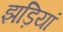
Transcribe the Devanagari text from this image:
झड़ियां